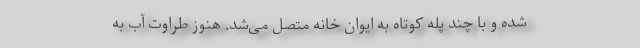
شده و با چند پله کوتاه به ایوان خانه متصل می‌شد. هنوز طراوت آب به